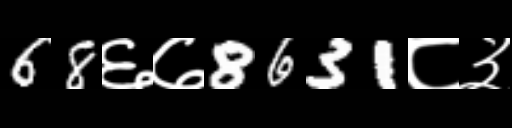
Text: 68६७8631८३